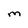
Character: M